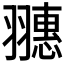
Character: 𦒎